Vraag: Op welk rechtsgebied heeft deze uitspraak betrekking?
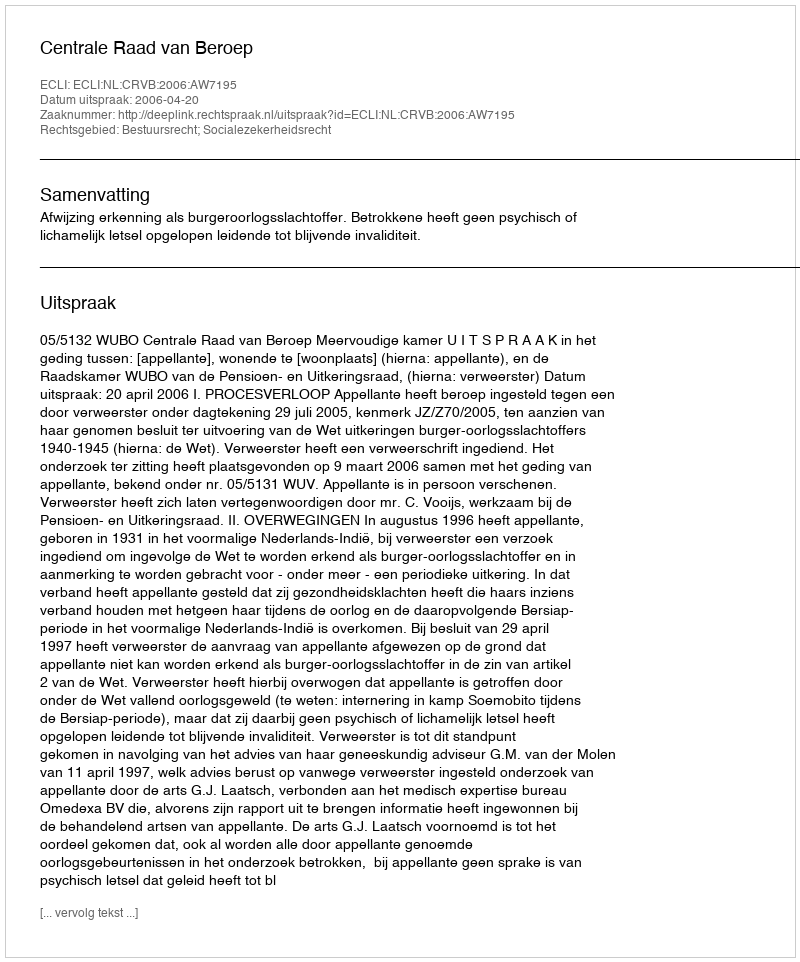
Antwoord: Bestuursrecht; Socialezekerheidsrecht